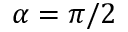
\alpha = \pi / 2